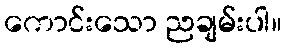
ကောင်းသော ညချမ်းပါ။